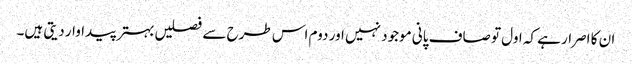
ان کا اصرار ہے کہ اول تو صاف پانی موجود نہیں اور دوم اس طرح سے فصلیں بہتر پیداوار دیتی ہیں۔